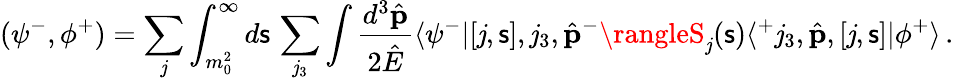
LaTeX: (\psi^{-},\phi^{+})=\sum_{\mathit{j}}\int_{m_{0}^{2}}^{\infty}d{\mathsf{s}}\, \sum_{\mathit{j}_{3}}\int\frac{{d^{3}\hat{{\mathbf{p}}}}}{{2\hat{{E}}}}\langle\psi^{-}|[\mathit{j},{\mathsf{s}}],\mathit{j}_{3},\hat{{\mathbf{p}}}^{-}\rangleS_{\mathit{j}}({\mathsf{s}})\langle^{+}\mathit{j}_{3},\hat{{\mathbf{p}}},[\mathit{j},{\mathsf{s}}]|\phi^{+}\rangle\, .